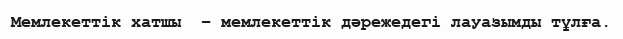
Мемлекеттік хатшы  – мемлекеттік дәрежедегі лауазымды тұлға.